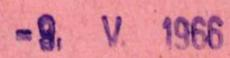
-9. V. 1966